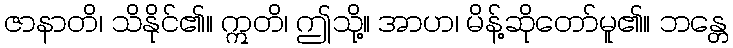
ဇာနာတိ၊ သိနိုင်၏။ ဣတိ၊ ဤသို့။ အာဟ၊ မိန့်ဆိုတော်မူ၏။ ဘန္တေ